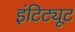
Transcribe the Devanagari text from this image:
इंटिट्यूट